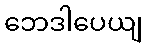
ဘေဒါပေယျ